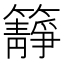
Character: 𥶹